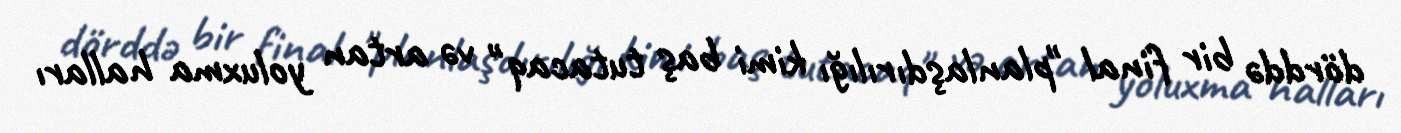
dörddə bir final "planlaşdırılığı kimi baş tutacaq" və artan yoluxma halları